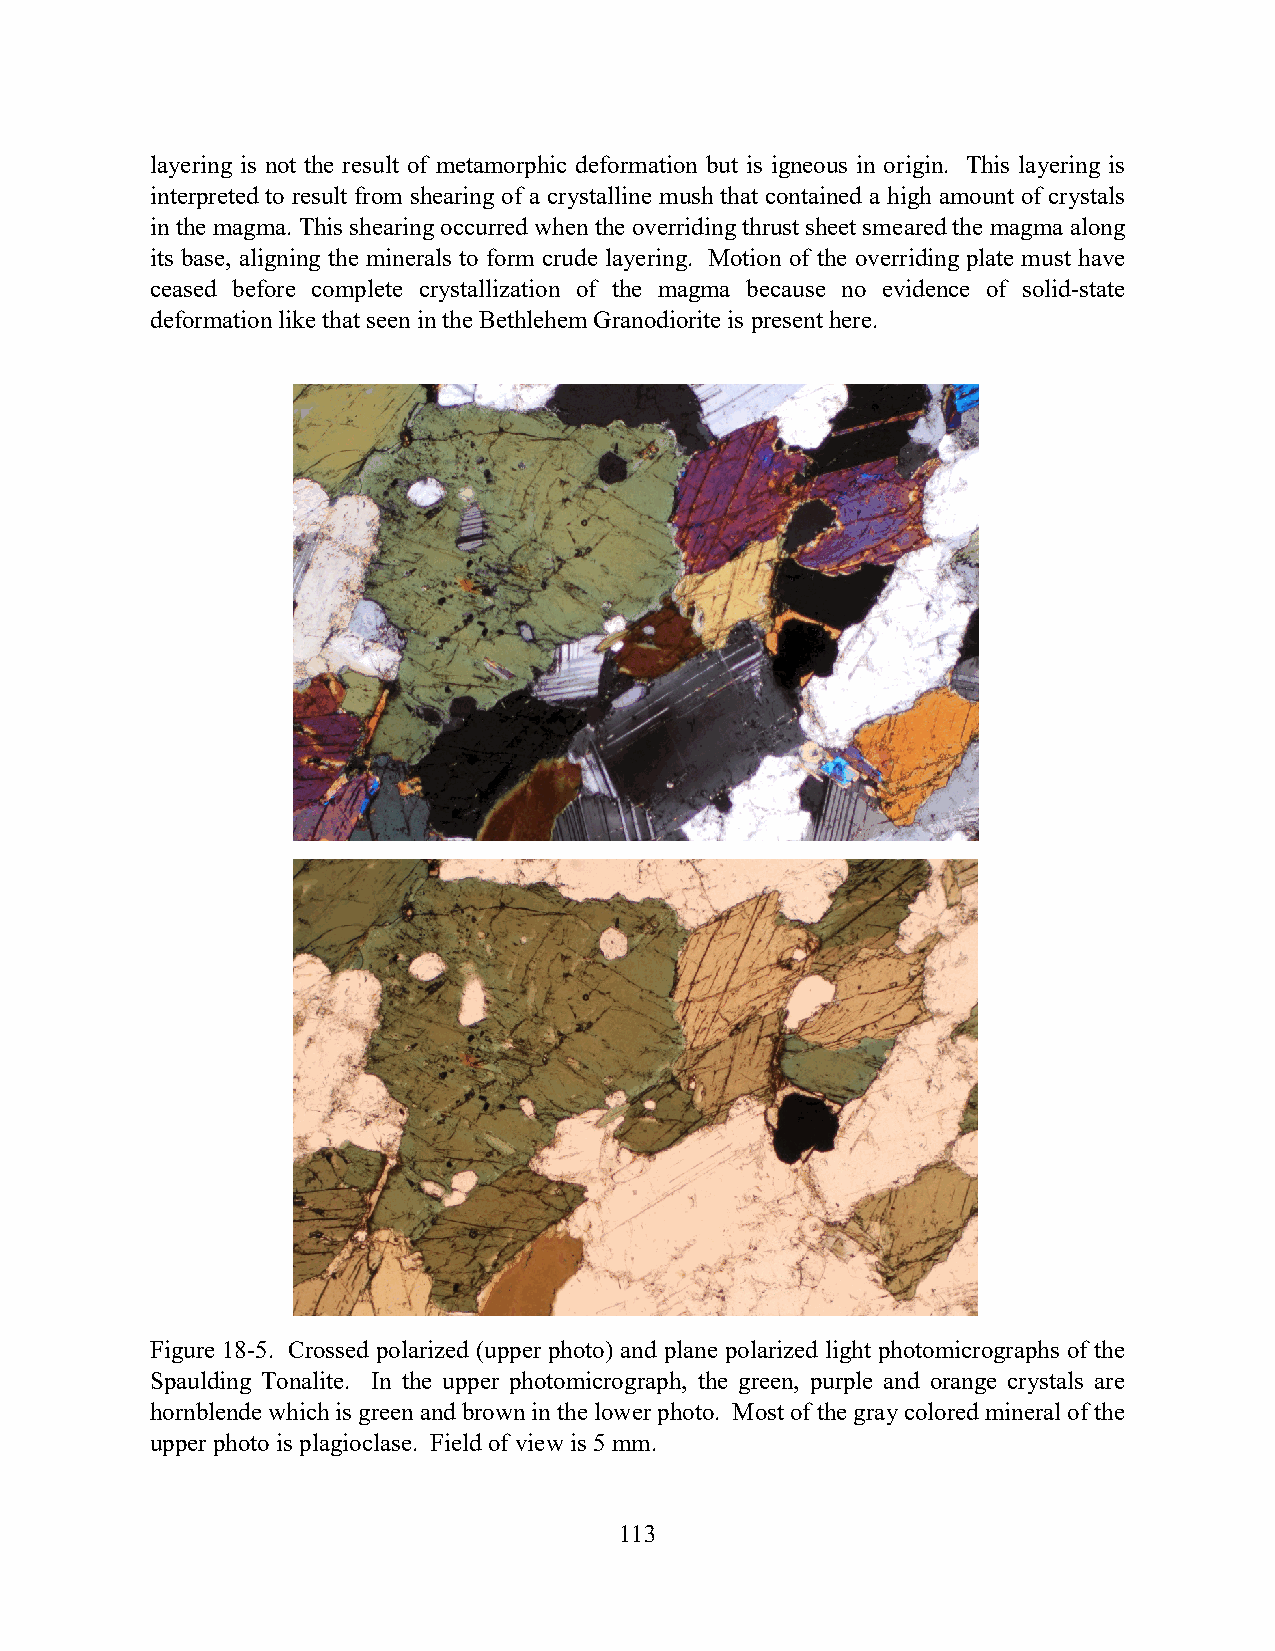
layering is not the result of metamorphic deformation but is igneous in origin. This layering is
 interpreted to result from shearing of a crystalline mush that contained a high amount of crystals
 in the magma. This shearing occurred when the overriding thrust sheet smeared the magma along
 its base, aligning the minerals to form crude layering. Motion of the overriding plate must have
 ceased before complete crystallization of the magma because no evidence of solid-state
 deformation like that seen in the Bethlehem Granodiorite is present here.
 Figure 18-5. Crossed polarized (upper photo) and plane polarized light photomicrographs of the
 Spaulding Tonalite. In the upper photomicrograph, the green, purple and orange crystals are
 hornblende which is green and brown in the lower photo. Most of the gray colored mineral of the
 upper photo is plagioclase. Field of view is 5 mm.
 113